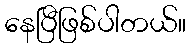
နေပြီဖြစ်ပါတယ်။